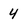
Character: 4